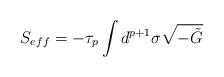
LaTeX: \begin{align*}S_{eff}=-\tau_p\int d^{p+1}\sigma\sqrt{-\tilde G}\end{align*}